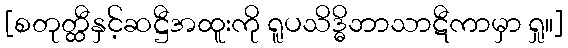
[စတုတ္ထီနှင့်ဆဋ္ဌီအထူးကို ရူပသိဒ္ဓိဘာသာဋီကာမှာ ရှု။]